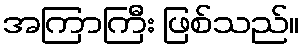
အကြာကြီး ဖြစ်သည်။